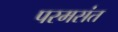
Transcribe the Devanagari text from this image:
परमसंत